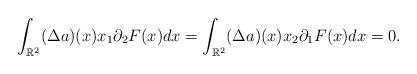
LaTeX: \begin{align*}\int_{\mathbb R^2} (\Delta a)(x) x_1 \partial_2 F(x) dx =\int_{\mathbb R^2}(\Delta a)(x) x_2 \partial_1 F(x) dx =0. \end{align*}